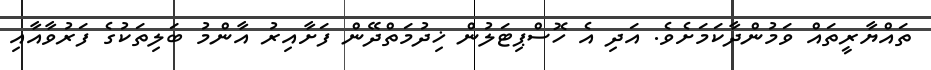
ތައްޔާރީތައް ވަމުންދާކަމަށެވެ. އަދި އެ ހޮސްޕިޓަލުން ޚިދުމަތްދޭން ފަށާއިރު އާންމު ބަލިތަކުގެ ފަރުވާއާއި